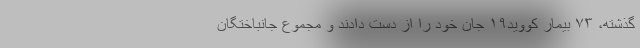
گذشته، ۷۳ بیمار کووید۱۹ جان خود را از دست دادند و مجموع جانباختگان